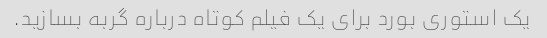
یک استوری بورد برای یک فیلم کوتاه درباره گربه بسازید.